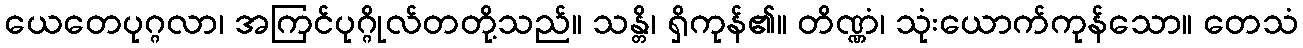
ယေတေပုဂ္ဂလာ၊ အကြင်ပုဂ္ဂိုလ်တတို့သည်။ သန္တိ၊ ရှိကုန်၏။ တိဏ္ဏံ၊ သုံးယောက်ကုန်သော။ တေသံ